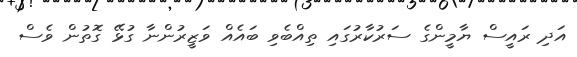
އަދި ރައީސް ޔާމީންގެ ސަރުކާރުގައި ތިއްބެވި ބައެއް ވަޒީރުންނާ ގުޅޭ ގޮތުން ވެސް